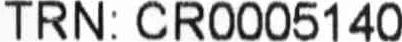
TRN: CR0005140